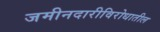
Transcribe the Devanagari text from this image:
जमीनदारीविरोधातील